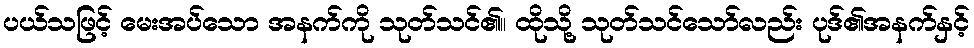
ပယ်သဖြင့် မေးအပ်သော အနက်ကို သုတ်သင်၏။ ထိုသို့ သုတ်သင်သော်လည်း ပုဒ်၏အနက်နှင့်